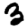
Digit: 3